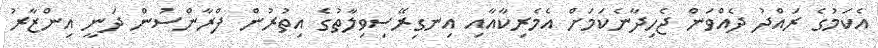
އެކަމުގެ ރައްދު ދެއްވަން ޖެހިދާނެކަމަށް އެމެރިކާއާއި އިނގިރޭސިވިލާތުގެ އިތުރުން ފްރާންސުން ދަނީ އިންޒާރު